Paatsalu_vallavalitsus, lk 38
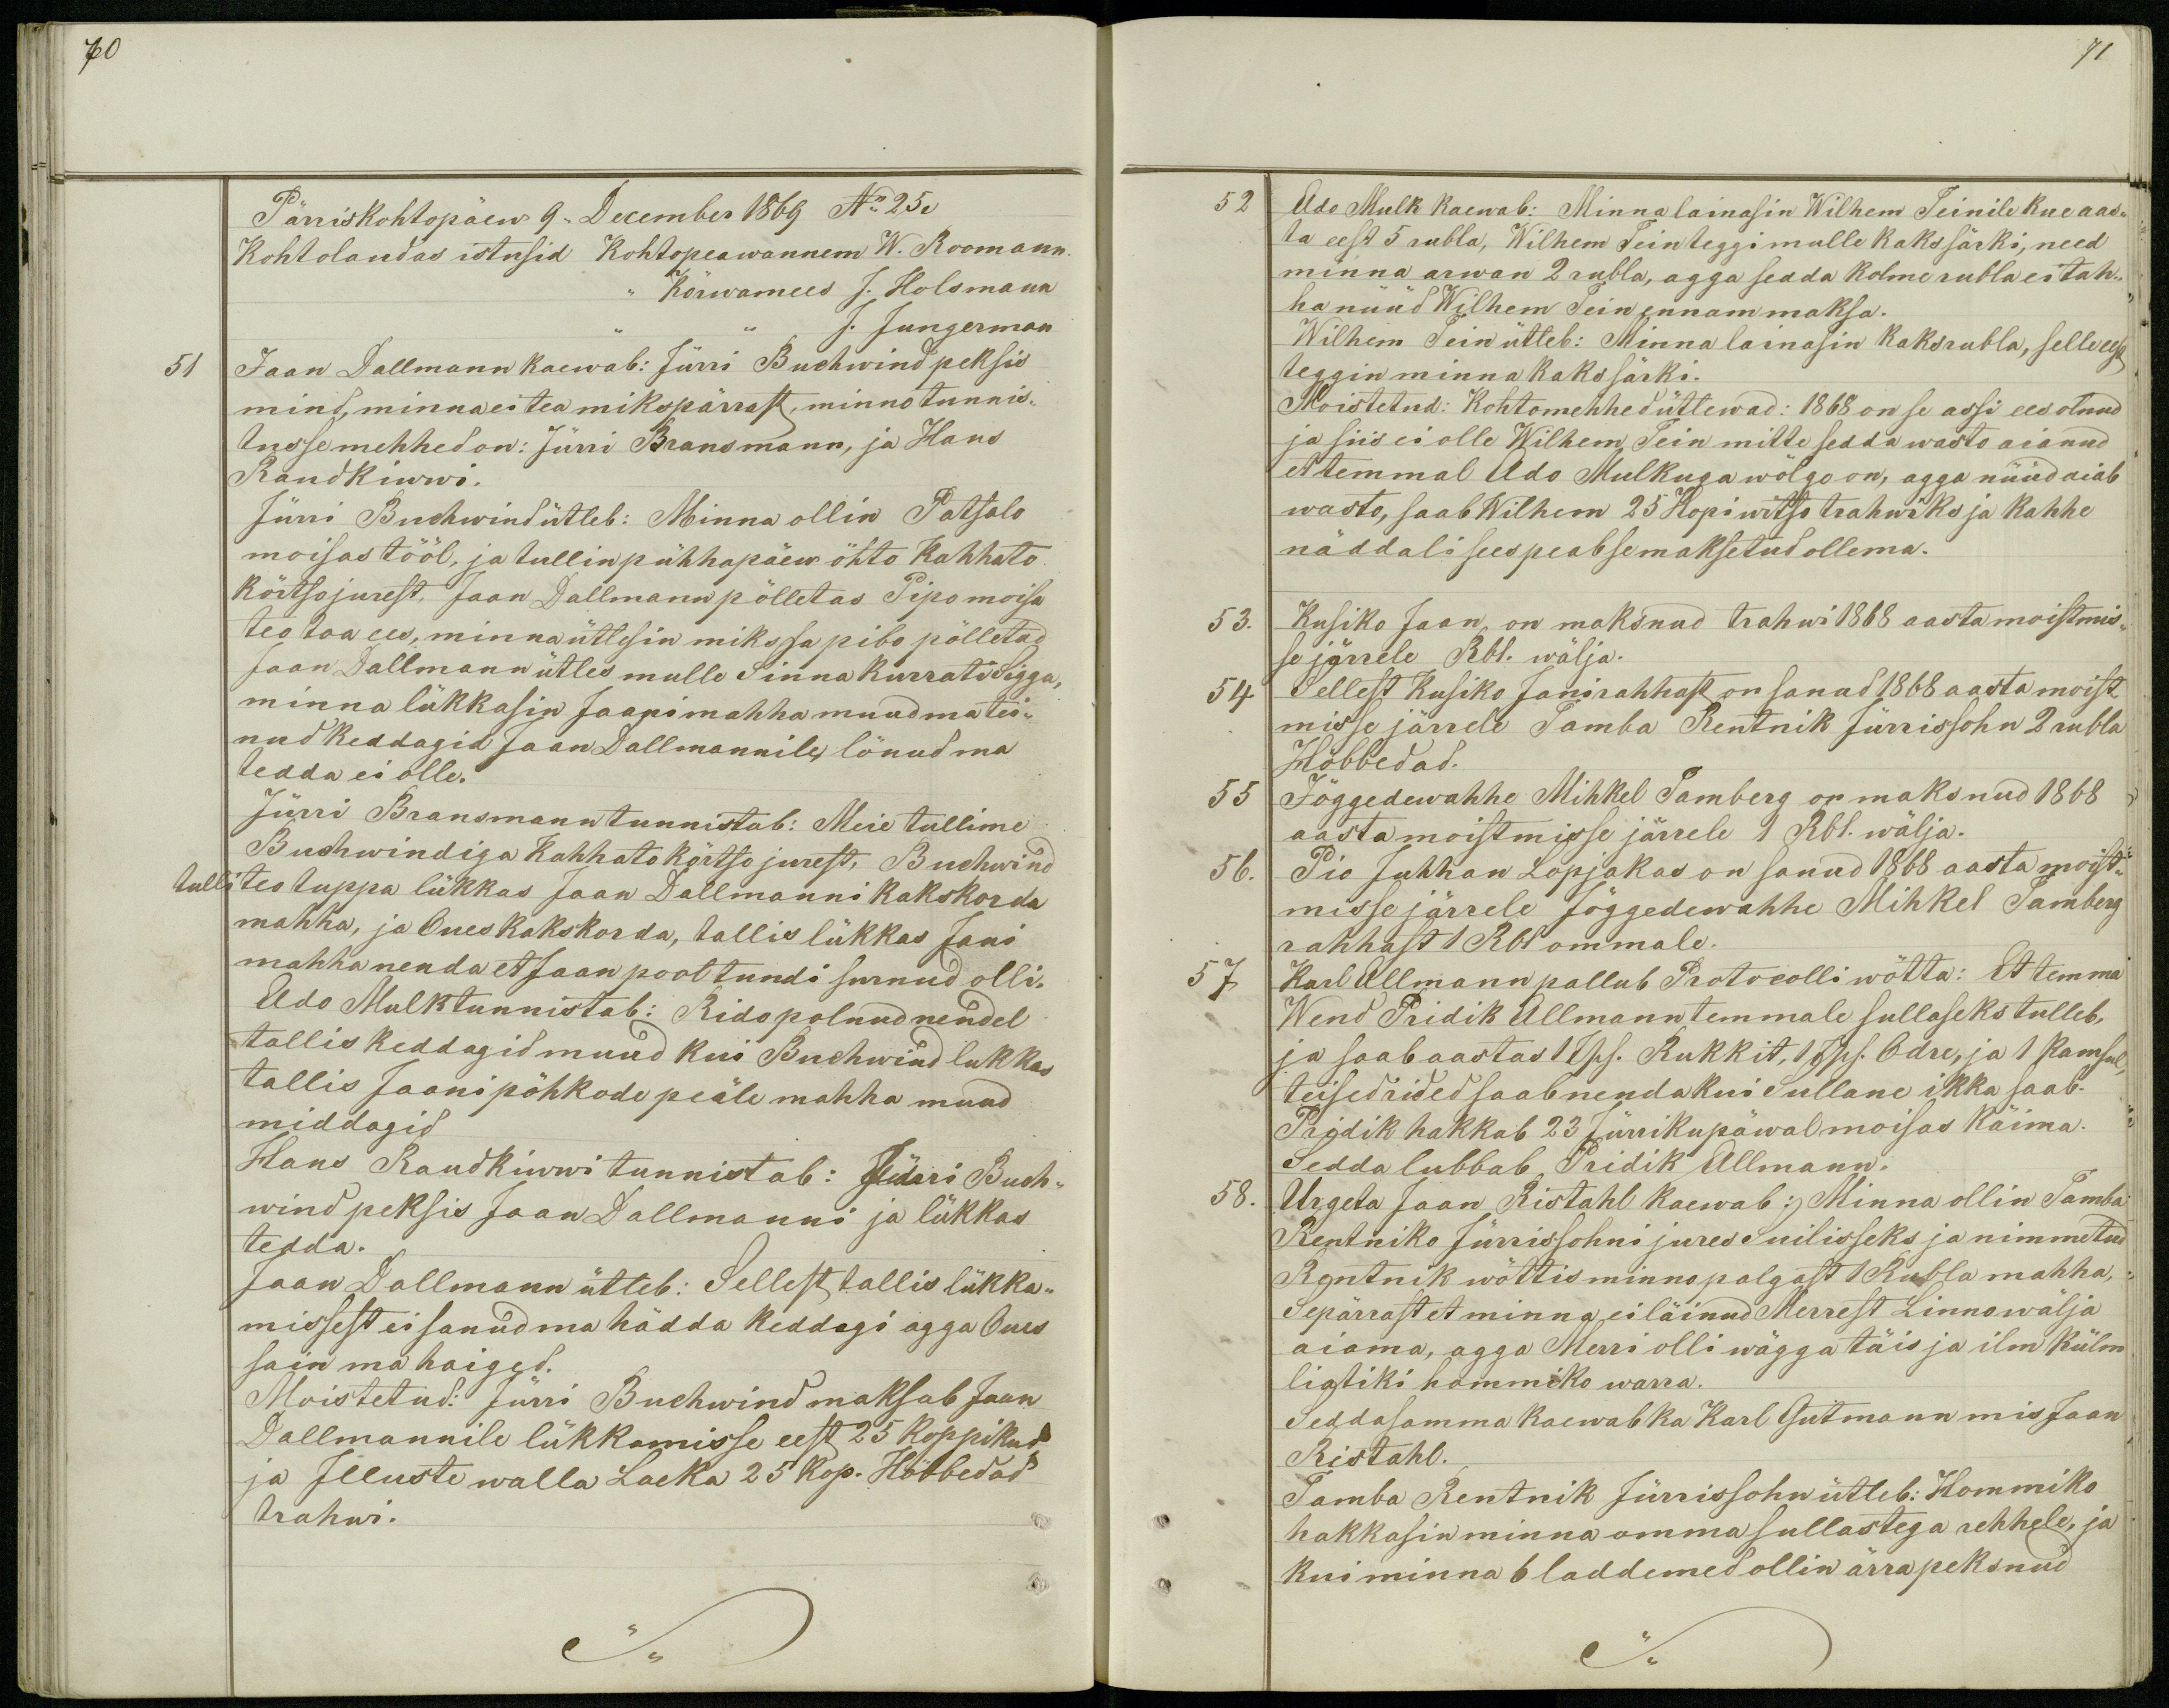
70

Pärriskohtopäew 9,, December 1869 No 25.
Kohtolaudas istusid Kohtopeawannem W. Roomann.
Kõrwamees J. Holsmann
J. Jungerman
51
Jaan Dallmann kaewab: Jürri Buchwind peksis
mind, minna ei tea mikspärrast, minno tunnis-
tusse mehhed on: Jürri Bransmann, ja Hans
Rand Kiwwi.
Jürri Buchwind ütleb: Minna ollin Patsalo
moisas tööl, ja tullin pühhapäew öhto Kahhato
kõrtso jurest, Jaan Dallmann põlletas Pipo moisa
teo toa ees, minna ütlesin miks sa pibo põlletad
Jaan Dallmann ütles mulle Sinna Kurrati Sigga,
minna lükkasin Jaani mahha muud ma tei-
nud keddagid Jaan Dallmannile, lönud ma
tedda ei olle.
Jürri Bransmann tunnistab: Meie tullime
Buchwindiga Kahhato kõrtso jurest, Buchwind
tulli teo tuppa lükkas Jaan Dallmanni kakskorda
mahha, ja Oues kaks korda, tallis lükkas Jani
mahha nenda et Jaan pool tundi surnud olli.
Ado Mulk tunnistab: Rido polnud nendel
tallis keddagid muud kui Buchwind lukkas
tallis Jaani põhkode peäle mahha muud
middagid
Hans Raudkiwwi tunnistab: Jürri Buch-
wind peksis Jaan Dallmanni ja lükkas
tedda.
Jaan Dallmann ütleb: Sellest tallis lükka-
missest ei sanud ma hädda keddagi agga Oues
sain ma haiged.
Moistetud: Jürri Buchwind maksab Jaan
Dallmannile lükkamisse eest 25 koppikud,
ja Jlluste walla Laeka 25 kop. Höbbedad
trahwi.

71.
52
Ado Mulk kaewab: Minna lainasin Wilhem Teinile kue aas-
ta eest 5 rubla, Wilhem Tein teggi mulle kaks särki, need
minna arwan 2 rubla, agga seada kolme rubla ei tah-
ha nüüd Wilhem Tein ennam maksa.
Wilhem Tein ütleb: Minna lainasin kaks rubla, selle eest
teggin minna kaks särki.
Moistetud: Kohtomehhed ütlewad: 1868 on se assi ees olnud
ja siis ei olle Wilhem Tein mitte sedda wasto aianud
et temmal Ado Mulkuga wõlgo on, agga nüüd aiab
wasto, saab Wilhem 25 Hopi witso trahwiks ja kahhe
näddali sees peab se maksetud ollema.
53.
Kusiko Jaan on maksnud trahwi 1868 aasta moistmis-
se järrele Rbl. wälja.
54
Sellest Kusiko Jani rahhast on sanud 1868 aasta moist-
misse järrele Tamba Rentnik Jürrissohn 2 rubla
Hõbbedad.
55
Jõggedewahhe Mihkel Tamberg on maksnud 1868
aasta moistmisse järrele 1 Rbl. wälja.
56.
Pio Juhhan Lopjakas on sanud 1868 aasta moist-
misse järrele Jõggedewahhe Mihkel Tamberg
rahhast 1 Rbl ommale.
57
Karl Allmann pallub Protocolli wõtta: Et temma
Wend Pridik Allmann temmale sullaseks tulleb,
ja saab aastas 1 Tsh. Rukkit, 1 Tsh. Odre, ja 1 Kamsul,
teised rided saab nenda kui Sullane ikka saab.
Pridik hakkab 23 Jürrikupäwal moisas käima.
Sedda lubbab Pridik Allmann.
58.
Urgeta Jaan Ristahl kaewab: Minna ollin Tamba
Rentniko Jürrissohni jures Suilisseks ja nimmetud
Rentnik wõttis minno palgast 1 Rubla mahha,
Sepärrast et minna ei läinud Merrest Linno wälja
aiama, agga Merri olli wägga täis ja ilm külm
liatiki hommiko warra.
Seddasamma kaewab ka Karl Gutmann mis Jaan
Ristahl.
Tamba Rentnik Jürrissohn ütleb: Hommiko
hakkasin minna omma sullastega rehhele, ja
kui minna 6 laddemed ollin ärra peksnud